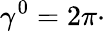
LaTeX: \gamma^{0}=2\pi\cdot